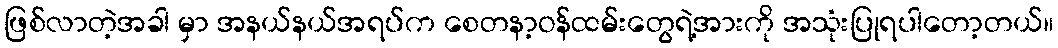
ဖြစ်လာတဲ့အခါ မှာ အနယ်နယ်အရပ်က စေတနာ့ဝန်ထမ်းတွေရဲ့အားကို အသုံးပြုရပါတော့တယ်။